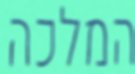
המלכה